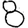
Digit: 8